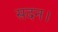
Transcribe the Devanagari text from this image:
सदन।